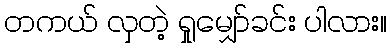
တကယ် လှတဲ့ ရှုမျှော်ခင်း ပါလား။